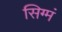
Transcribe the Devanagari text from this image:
सिग्मं